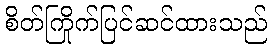
စိတ်ကြိုက်ပြင်ဆင်ထားသည်